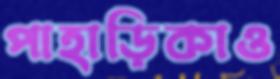
পাহাড়িকাও